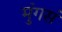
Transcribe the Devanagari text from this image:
मुंगसं